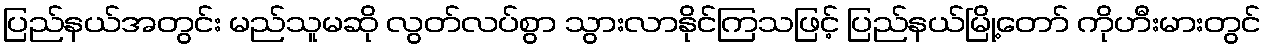
ပြည်နယ်အတွင်း မည်သူမဆို လွတ်လပ်စွာ သွားလာနိုင်ကြသဖြင့် ပြည်နယ်မြို့တော် ကိုဟီးမားတွင်